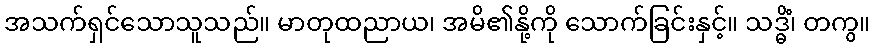
အသက်ရှင်သောသူသည်။ မာတုထညာယ၊ အမိ၏နို့ကို သောက်ခြင်းနှင့်။ သဒ္ဓိံ၊ တကွ။